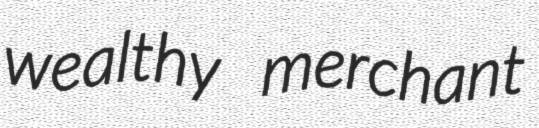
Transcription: wealthy merchant